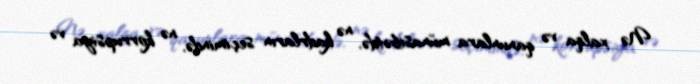
Nə xalqa və qanunlara münasibətdə, nə kadrların seçimində, nə korrupsiya və